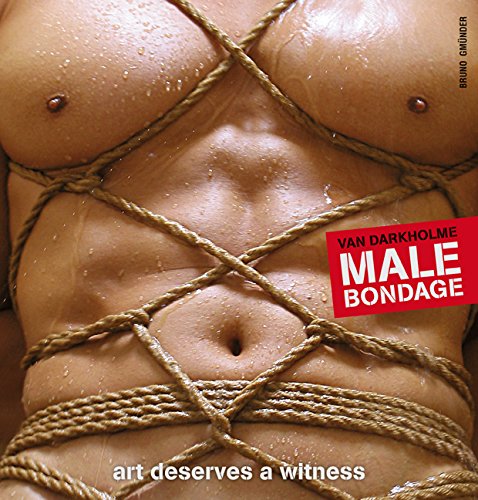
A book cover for Male Bondage: Art Deserves a Witness; Arts & Photography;